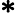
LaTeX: \mathbf{*}